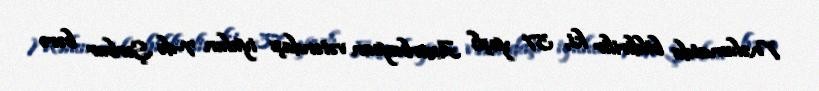
Məlumatda bildirilir ki, 37 yaşlı Azərbaycan vətəndaşı iyulun 7-də Şerbur bərə